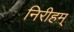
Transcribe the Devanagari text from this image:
निरीहम्